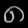
Digit: ၈